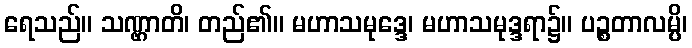
ရေသည်။ သဏ္ဌာတိ၊ တည်၏။ မဟာသမုဒ္ဒေ၊ မဟာသမုဒ္ဒရာ၌။ ပဉ္စတာလမ္ပိ၊